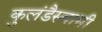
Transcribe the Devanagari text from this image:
कुलंडैस्वामी